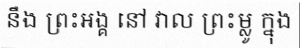
នឹង ព្រះអង្គ នៅ វាល ព្រះម្លូ ក្នុង